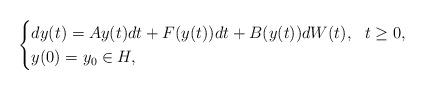
LaTeX: \begin{align*}\begin{cases}\displaystyle dy(t) = Ay(t)dt + F(y(t))dt + B(y(t))dW(t),\,\,\,\,t\ge 0,\\y(0)=y_0\in H,\end{cases}\end{align*}